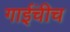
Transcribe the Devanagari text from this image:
गाईंचीच